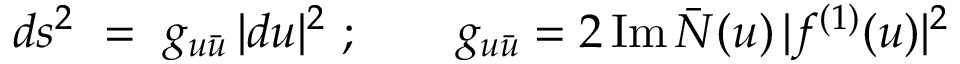
d s ^ { 2 } ~ = ~ g _ { u { \bar { u } } } \, | d u | ^ { 2 } \ ; \qquad g _ { u { \bar { u } } } = 2 \, \mathrm { I m } \, { \bar { \cal N } } ( u ) \, | f ^ { ( 1 ) } ( u ) | ^ { 2 } \,